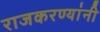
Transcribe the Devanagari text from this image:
राजकरण्यांनी